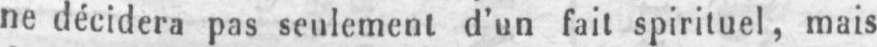
ne décidera pas seulement d’un fait spirituel, mais